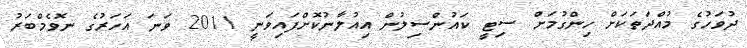
ދުވަހުގެ މުއްދަތަކަށް ހިންގުމަށް ސިޓީ ކައުންސިލުން އިއުލާނުކޮށްފައިވަނީ 2011 ވަނަ އަހަރުގެ ނޮވެމްބަރު